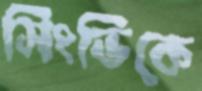
সিংভিকে